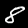
Label: 8